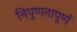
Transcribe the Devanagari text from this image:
निपुणतापूर्ण